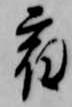
宿